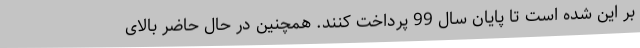
بر این شده است تا پایان سال 99 پرداخت کنند. همچنین در حال حاضر بالای